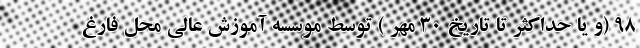
۹۸ (و یا حداکثر تا تاریخ ۳۰ مهر ) توسط موسسه آموزش عالی محل فارغ